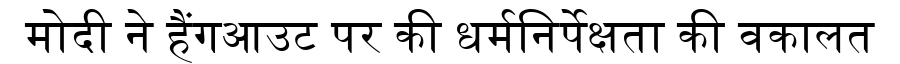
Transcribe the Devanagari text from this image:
मोदी ने हैंगआउट पर की धर्मनिर्पेक्षता की वकालत